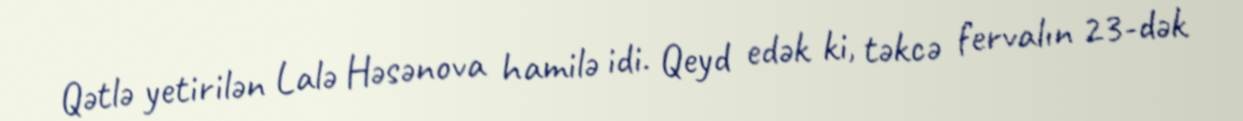
Qətlə yetirilən Lalə Həsənova hamilə idi. Qeyd edək ki, təkcə fervalın 23-dək